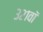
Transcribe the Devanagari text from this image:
३२१वॉ